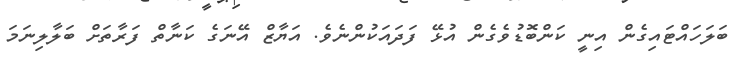
ބަލަހައްޓައިގެން އިނީ ކަންބޮޑުވެގެން އުޅޭ ފަދައަކުންނެވެ. އަޔާޒް އޭނަގެ ކަނާތް ފަރާތަށް ބަލާލިނަމަ